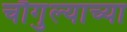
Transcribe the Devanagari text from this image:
चौगुल्याच्या